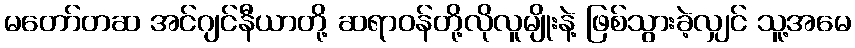
မတော်တဆ အင်ဂျင်နီယာတို့ ဆရာဝန်တို့လိုလူမျိုးနဲ့ ဖြစ်သွားခဲ့လျှင် သူ့အမေ